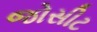
જોસીટ